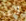
لامر